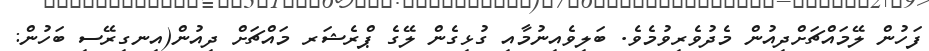
ފަހުން ލޭމައްޗަށްދިއުން މެދުވެރިވުމެވެ. ބަލިވެއިނުމާއި ގުޅިގެން ލޭގެ ޕްރެޝަރ މައްޗަށް ދިއުން(އިނގިރޭސި ބަހުން: